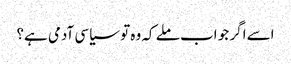
اسے اگر جو اب ملے کہ وہ تو سیاسی آدمی ہے؟